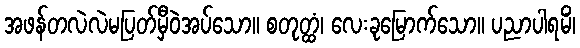
အဖန်တလဲလဲမပြတ်မှီဝဲအပ်သော။ စတုတ္ထံ၊ လေးခုမြောက်သော။ ပညာပါရမိံ၊